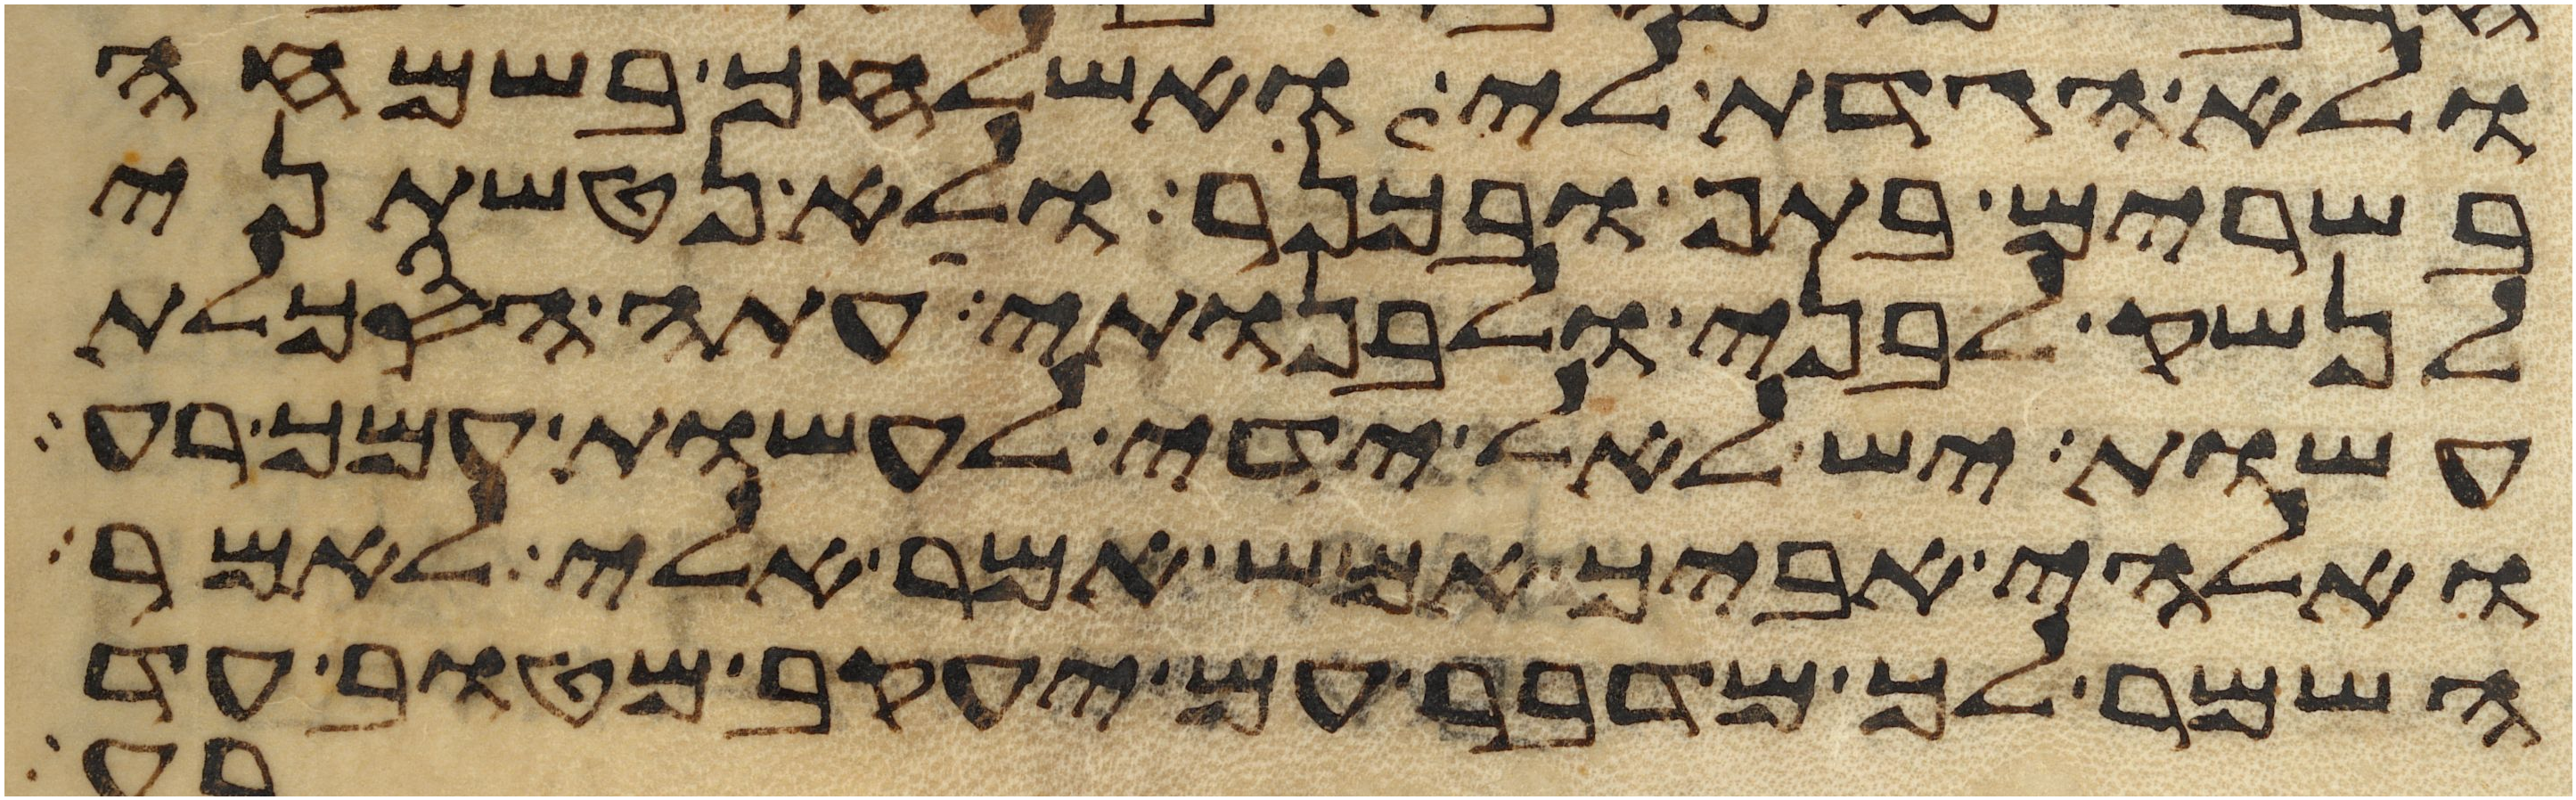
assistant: ולא הגדת לי ואשלחך בשמחה
בשרים בתף ובכנר ולא נטשתני
לנשק לבני ולבנותי עתה הסכלת
עשות יש לאל ידי לעשות עמך רע
ואלהי אביך אמש אמר אלי לאמר
השמר לך מדבר עם יעקב מטוב עד